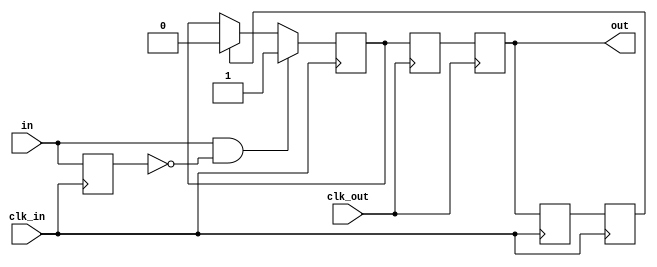
//
// Copyright 2011 Ettus Research LLC
//
// This program is free software: you can redistribute it and/or modify
// it under the terms of the GNU General Public License as published by
// the Free Software Foundation, either version 3 of the License, or
// (at your option) any later version.
//
// This program is distributed in the hope that it will be useful,
// but WITHOUT ANY WARRANTY; without even the implied warranty of
// MERCHANTABILITY or FITNESS FOR A PARTICULAR PURPOSE.  See the
// GNU General Public License for more details.
//
// You should have received a copy of the GNU General Public License
// along with this program.  If not, see <http://www.gnu.org/licenses/>.
//


// Retime a single bit from one clock domain to another
// Guarantees that no matter what the relative clock rates, if the in signal is high for at least
//   one clock cycle in the clk_in domain, then the out signal will be high for at least one
//   clock cycle in the clk_out domain.  If the in signal goes high again before the process is done
//   the behavior is undefined.  No other guarantees.  Designed for passing reset into a new
//   clock domain.

module oneshot_2clk
  (input clk_in,
   input in,
   input clk_out,
   output reg out);

   reg 	  del_in = 0;
   reg 	  sendit = 0, gotit = 0;
   reg 	  sendit_d = 0, gotit_d = 0;
   
   always @(posedge clk_in) del_in <= in;

   always @(posedge clk_in)
     if(in & ~del_in)  // we have a positive edge
       sendit <= 1;
     else if(gotit)
       sendit <= 0;

   always @(posedge clk_out) sendit_d <= sendit;
   always @(posedge clk_out) out <= sendit_d;

   always @(posedge clk_in) gotit_d <= out;
   always @(posedge clk_in) gotit <= gotit_d;

endmodule // oneshot_2clk